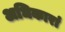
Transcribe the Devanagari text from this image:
अधिकारां